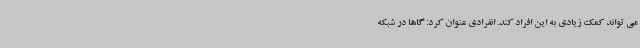
می تواند کمک زیادی به این افراد کند. انفرادی عنوان کرد: گاها در شبکه